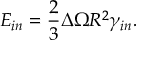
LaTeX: E _ { i n } = \frac { 2 } { 3 } \Delta \Omega R ^ { 2 } \gamma _ { i n } .